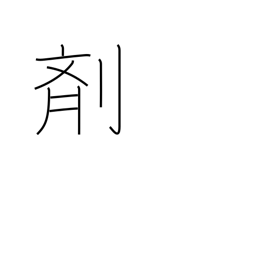
Meaning: medicine